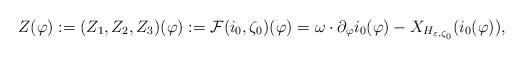
LaTeX: \begin{align*}Z(\varphi):=(Z_1, Z_2, Z_3)(\varphi):=\mathcal{F}(i_0, \zeta_0)(\varphi)=\omega\cdot \partial_{\varphi} i_0 (\varphi)-X_{H_{\varepsilon, \zeta_0}}(i_0(\varphi)),\end{align*}